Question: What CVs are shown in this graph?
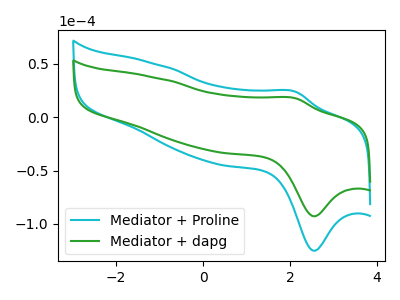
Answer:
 <answer>The cyan curve is labeled "Mediator + Proline". The green curve is labeled "Mediator + dapg".</answer>
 <eval></eval>